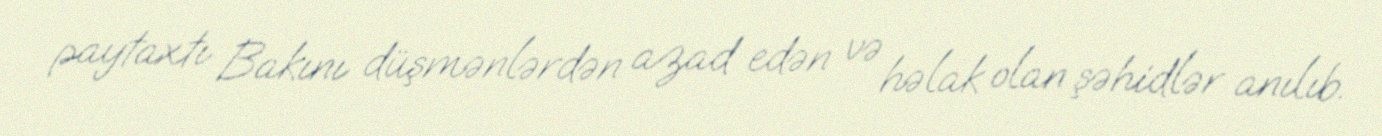
paytaxtı Bakını düşmənlərdən azad edən və həlak olan şəhidlər anılıb.